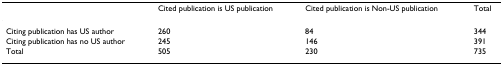
|  | Cited publication is US publication | Cited publication is Non-US publication | Total |
 | --- | --- | --- | --- |
 | Citing publication has US author | 260 | 84 | 344 |
 | Citing publication has no US author | 245 | 146 | 391 |
 | Total | 505 | 230 | 735 |